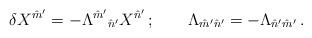
LaTeX: \begin{align*}\delta X^{\hat m'} = -\Lambda^{\hat m'}{}_{\hat n'} X^{\hat n'}\,;\qquad\Lambda_{\hat m'\hat n'} = -\Lambda_{\hat n'\hat m'}\,.\end{align*}